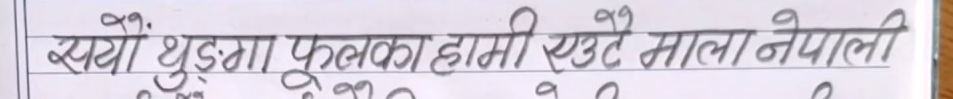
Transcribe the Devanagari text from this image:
सयौं थुङ्गा फूलका हामी एउटै माला नेपाली